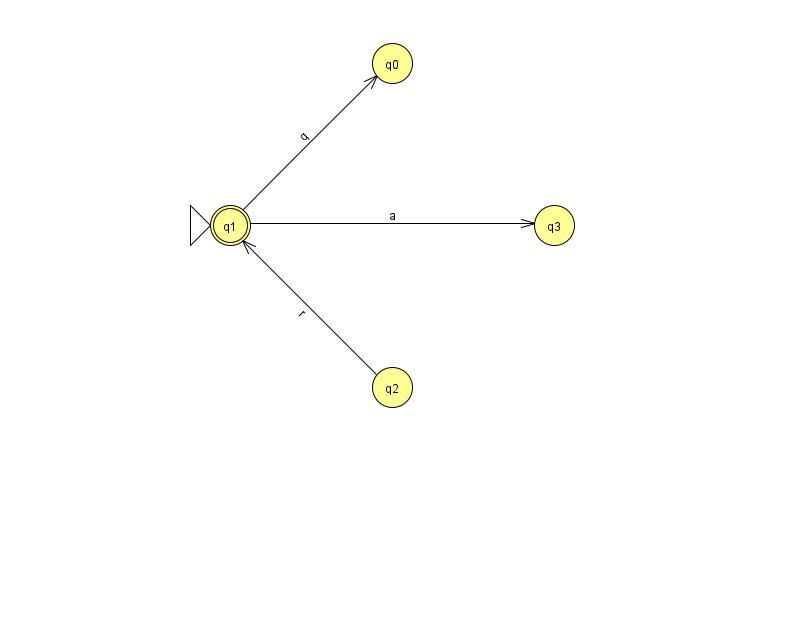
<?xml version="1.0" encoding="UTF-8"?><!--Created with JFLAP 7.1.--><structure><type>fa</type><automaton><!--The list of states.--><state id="0" name="q0"><x>392.0</x><y>50.0</y></state><state id="1" name="q1"><x>230.0</x><y>212.0</y><initial/><final/></state><state id="2" name="q2"><x>392.0</x><y>374.0</y></state><state id="3" name="q3"><x>554.0</x><y>212.0</y></state><!--The list of transitions.--><transition><from>1</from><to>0</to><read>q</read></transition><transition><from>2</from><to>1</to><read>r</read></transition><transition><from>1</from><to>3</to><read>a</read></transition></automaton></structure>